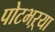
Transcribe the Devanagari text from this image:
पोटभऱ्या